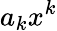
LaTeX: a_{k}x^{k}